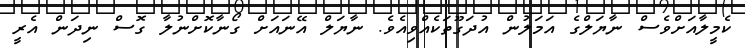
ކެމީލާއަށްވެސް ނާޔަލްގެ އަމަލުން އުދަގޫތަކެއްވިއެވެ. ނާޔަލް އޭނައަށް ގޯނާކޮށްނުލާ ގޮސް ނިދަން އެރީ